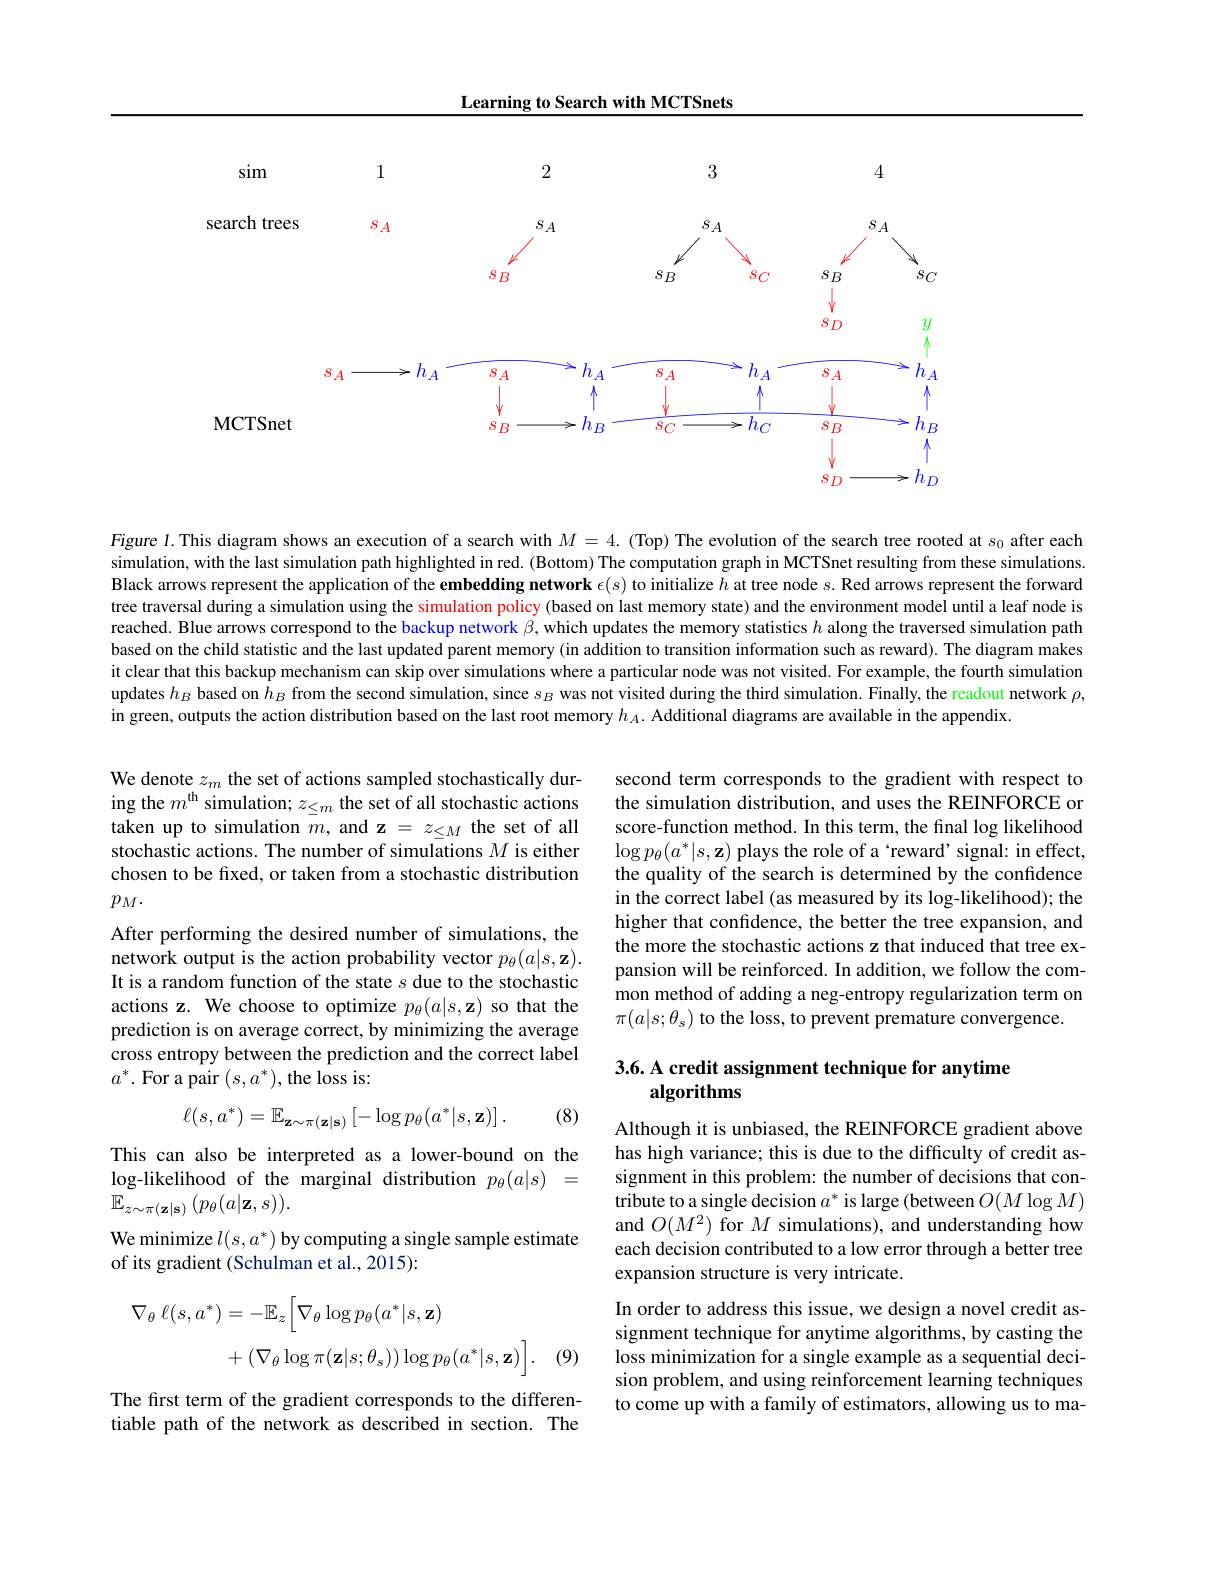
Learning to Search with MCTSnets

<FigureHere>

Figure 1. This diagram shows an execution of a search with $M=4.$ (Top) The evolution of the search tree rooted at $s_0$ after each simulation, with the last simulation path highlighted in red. (Bottom) The computation graph in MCTSnet resulting from these simulations. Black arrows represent the application of the embedding network $\epsilon(s)$ to initialize $h$ at tree node $s.$ Red arrows represent the forward tree traversal during a simulation using the simulation policy (based on last memory state) and the environment model until a leaf node is reached. Blue arrows correspond to the backup network $\beta$, which updates the memory statistics $h$ along the traversed simulation path based on the child statistic and the last updated parent memory (in addition to transition information such as reward). The diagram makes it clear that this backup mechanism can skip over simulations where a particular node was not visited. For example, the fourth simulation updates $h_B$ based on $h_B$ from the second simulation, since $s_B$ was not visited during the third simulation. Finally, the readout network $\rho$, in green, outputs the action distribution based on the last root memory $h_A.$ Additional diagrams are available in the appendix

second term corresponds to the gradient with respect to the simulation distribution, and uses the REINFORCE or score-function method. In this term, the final log likelihood $\log p_{\theta}(a^{*}|s,\mathbf{z})$ plays the role of a‘reward’signal: in effect, the quality of the search is determined by the confidence in the correct label (as measured by its log-likelihood); the higher that confidence, the better the tree expansion, and the more the stochastic actions z that induced that tree expansion will be reinforced. In addition, we follow the common method of adding a neg-entropy regularization term on $\pi(a|s;\theta_{s})$ to the loss, to prevent premature convergence.

We denote $z_m$ the set of actions sampled stochastically during the $m^\mathrm{th}$ simulation; $z_\leq m$ the set of all stochastic actions taken up to simulation $\bar{m}$, and z $=z_\leq M$ the set of all stochastic actions. The number of simulations $M$ is either chosen to be fixed, or taken from a stochastic distribution $p_{M}.$
After performing the desired number of simulations, the network output is the action probability vector $p_\theta(a|s,\mathbf{z}).$ It is a random function of the state $s$ due to the stochastic actions z. We choose to optimize $p_\theta(a|s,\mathbf{z})$ so that the prediction is on average correct, by minimizing the average cross entropy between the prediction and the correct label $a^*.$ For a pair $(s,a^*)$,the loss is:

## 3.6. A credit assignment technique for anytime algorithms

(8)
$$\ell(s,a^*)=\mathbb{E}_{\mathbf{z}\sim\pi(\mathbf{z}|\mathbf{s})}\left[-\log p_\theta(a^*|s,\mathbf{z})\right].$$
This can also be interpreted as a lower-bound on the log-likelihood of the marginal distribution $p_\theta(a|s)=$ $\mathbb{E}_{z\sim\pi(\mathbf{z}|\mathbf{s})}\left(p_{\theta}(a|\mathbf{z},s)\right).$
We minimize $l( s, a^* ) \textbf{by computing a single sample estimate}$
of its gradient (Schulman et al., 2015):

Although it is unbiased, the REINFORCE gradient above has high variance; this is due to the difficulty of credit assignment in this problem: the number of decisions that contribute to a single decision $a^*$ is large (between $O(M\log M)$ and $O(M^{2})$ for $M$ simulations), and understanding how each decision contributed to a low error through a better tree expansion structure is very intricate.
In order to address this issue, we design a novel credit assignment technique for anytime algorithms, by casting the loss minimization for a single example as a sequential decision problem, and using reinforcement learning techniques to come up with a family of estimators, allowing us to ma-
$$\begin{aligned}\nabla_{\theta}\:\ell(s,a^{*})&=-\mathbb{E}_{z}\Big[\nabla_{\theta}\log p_{\theta}(a^{*}|s,\mathbf{z})\\&+(\nabla_{\theta}\log\pi(\mathbf{z}|s;\theta_{s}))\log p_{\theta}(a^{*}|s,\mathbf{z})\Big].\end{aligned}$$
(9)

The first term of the gradient corresponds to the differentiable path of the network as described in section. The